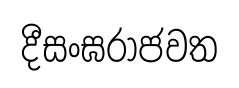
දීසංඝරාජවත